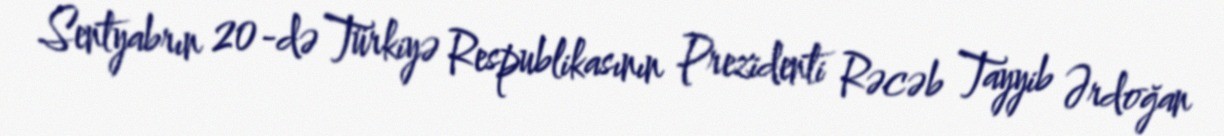
Sentyabrın 20-də Türkiyə Respublikasının Prezidenti Rəcəb Tayyib Ərdoğan